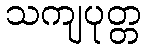
သကျပုတ္တ